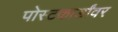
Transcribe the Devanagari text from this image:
पोस्टकार्डांवर